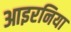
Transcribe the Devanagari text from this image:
आइरनिया